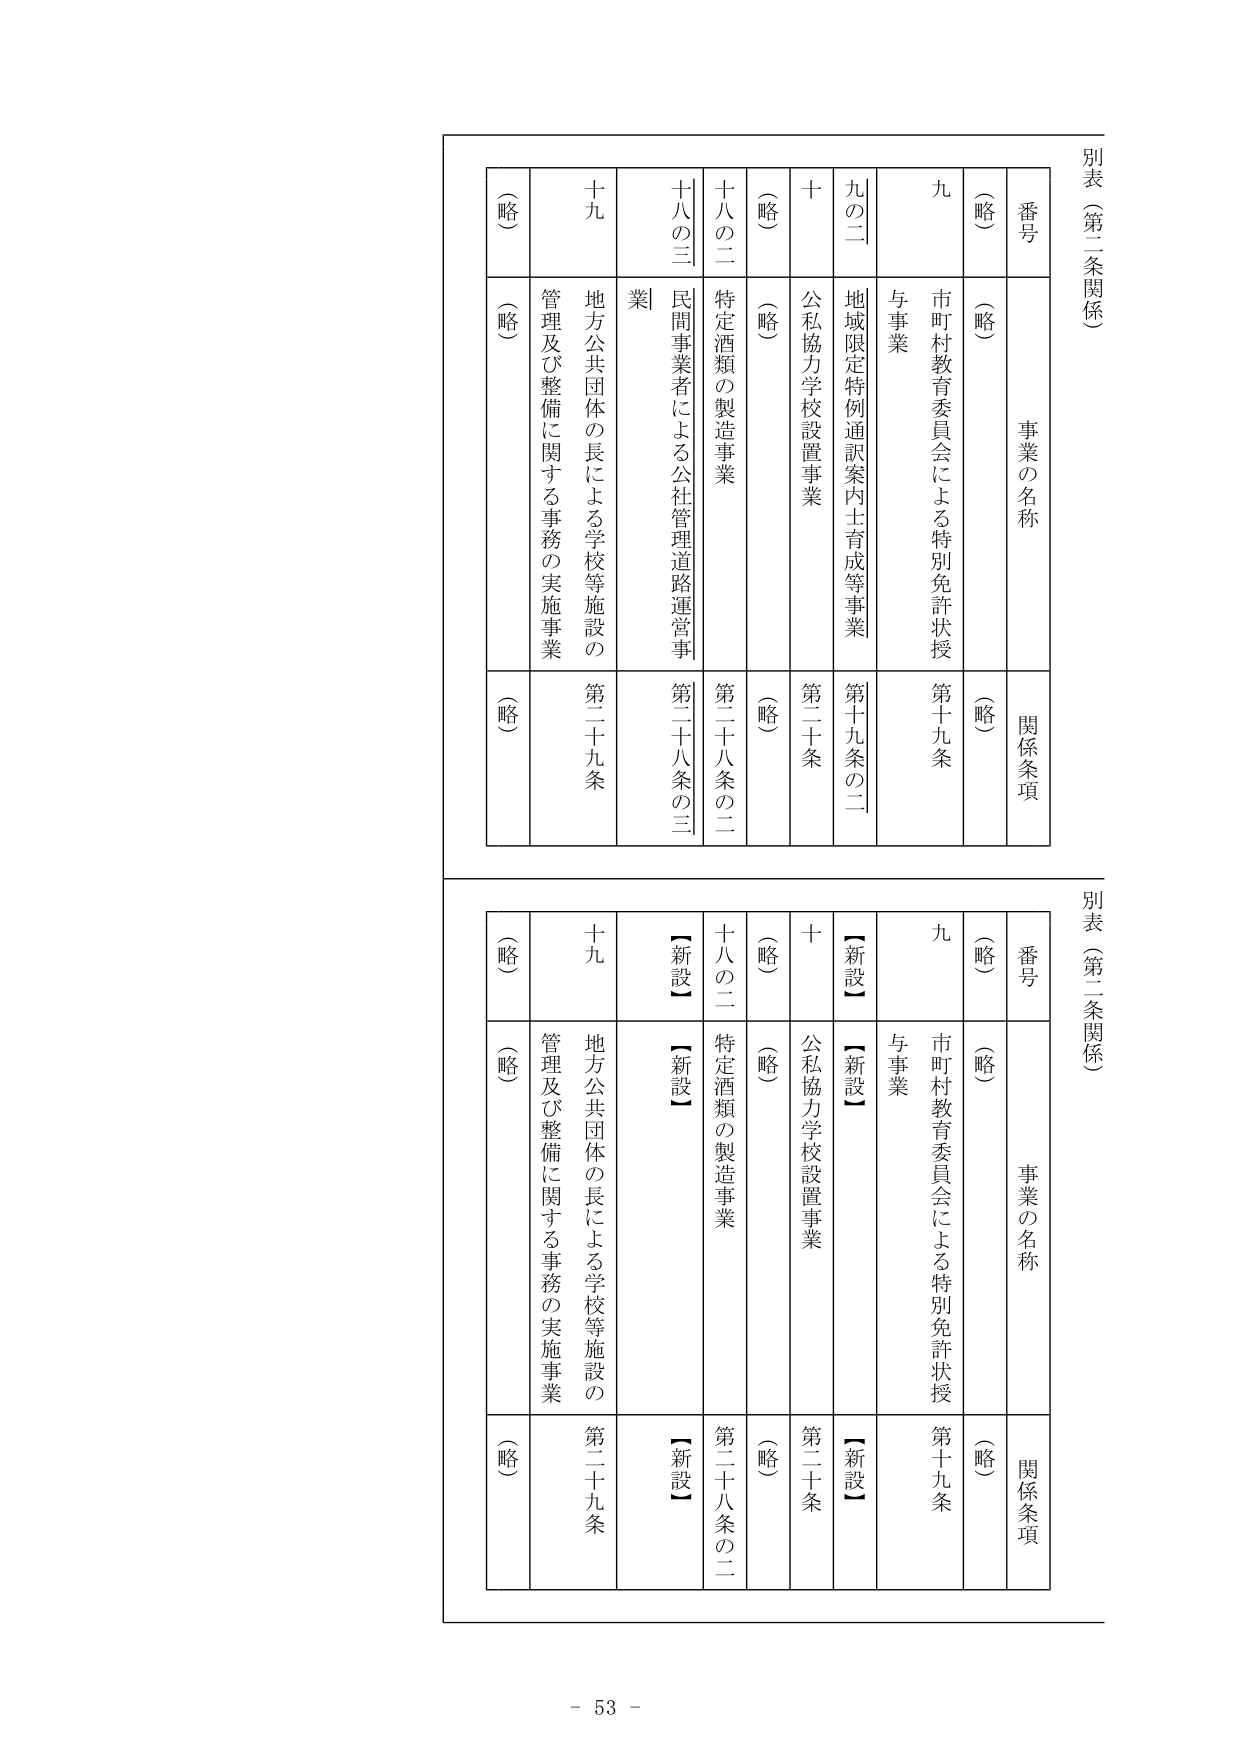
別表（第二条関係）

番号
（略）

事業の名称
（略）

関係条項
（略）

九
市町村教育委員会による特別免許状授与事業
第十九条

九の二
地域限定特例通訳案内士育成等事業
第十九条の二

十
公私協力学校設置事業
第二十条

（略）
（略）
（略）

十八の二
特定酒類の製造事業
第二十八条の二

十八の三
民間事業者による公社管理道路運営事業
第二十八条の三

十九
地方公共団体の長による学校等施設の管理及び整備に関する事務の実施事業
第二十九条

（略）
（略）
（略）

別表（第三条関係）

番号
（略）

事業の名称
（略）

関係条項
（略）

九
市町村教育委員会による特別免許状授与事業
第十九条

九の二
【新設】
【新設】

十
公私協力学校設置事業
第二十条

（略）
（略）
（略）

十八の二
特定酒類の製造事業
第二十八条の二

十八の三
【新設】
【新設】

十九
地方公共団体の長による学校等施設の管理及び整備に関する事務の実施事業
第二十九条

（略）
（略）
（略）

- 53 -